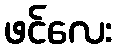
ဖင်လေး